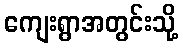
ကျေးရွာအတွင်းသို့